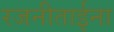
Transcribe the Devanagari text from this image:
रजनीताईना